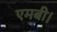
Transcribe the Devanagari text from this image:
एमबी।